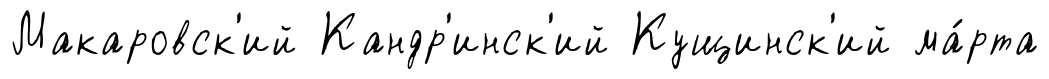
Макаровск'ий Кандр'инск'ий Кущинск'ий ма́рта